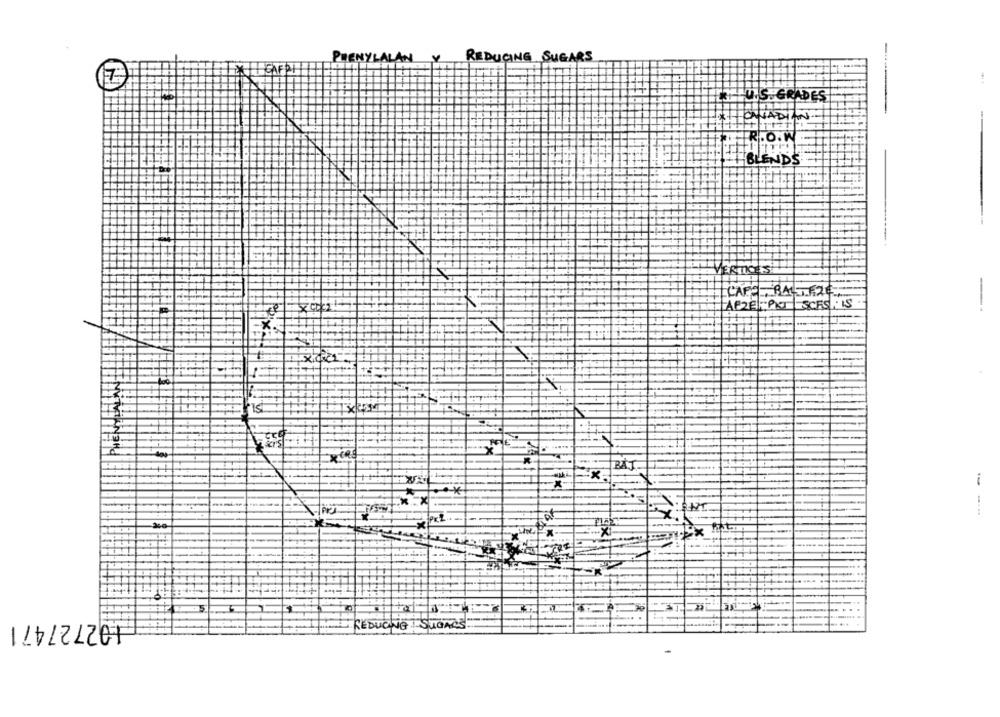
REDUCING SUGARS
U.S. GRADES
JADIAN
R.O.W
HBLENDS
VERTIC
CAPE BALL IS
AFZE- PIOT
-
PKJ
--
102727471
REDUCING SUGARS